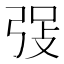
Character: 𪪾